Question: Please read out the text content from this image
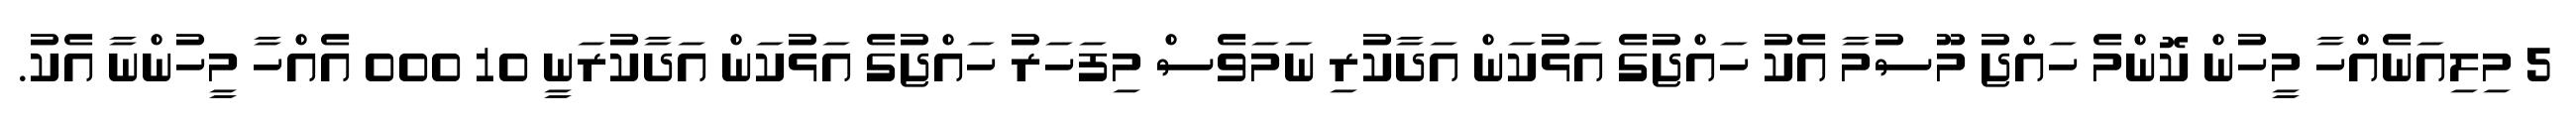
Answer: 5 މިލިއަނެއްހާ މީހުން ކޮންމެ ހައްޖު މޫސުމާ އެކު ހައްޖުގެ އަޅުކަން އަދާކުރި ނަމަވެސް މިފަހަރު ހައްޖުގެ އަޅުކަން އަދާކުރަނީ 10 000 އެއްހާ މީހުންނާ އެކު.